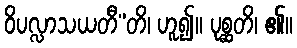
ဝိပလ္လာသယတီ”တိ၊ ဟူ၍။ ပုစ္ဆတိ၊ ၏။